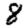
Digit: 8